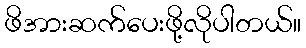
ဖိအားဆက်ပေးဖို့လိုပါတယ်။